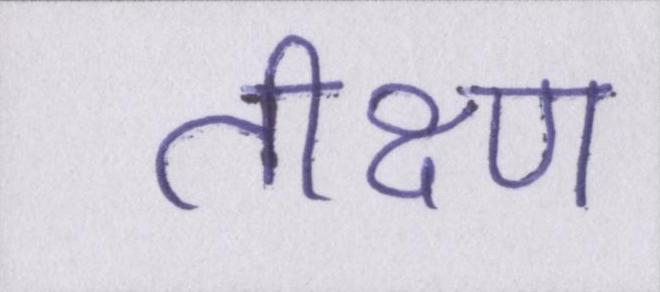
तीक्ष्ण